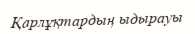
Қарлұқтардың ыдырауы